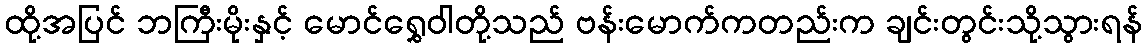
ထို့အပြင် ဘကြီးမိုးနှင့် မောင်ရွှေဝါတို့သည် ဗန်းမောက်ကတည်းက ချင်းတွင်းသို့သွားရန်